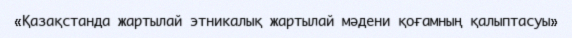
«Қазақстанда жартылай этникалық жартылай мәдени қоғамның қалыптасуы»